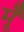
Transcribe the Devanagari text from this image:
मूँ